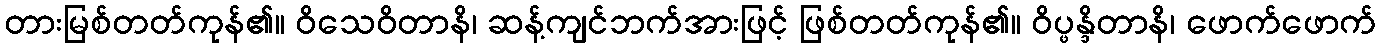
တားမြစ်တတ်ကုန်၏။ ဝိသေဝိတာနိ၊ ဆန့်ကျင်ဘက်အားဖြင့် ဖြစ်တတ်ကုန်၏။ ဝိပ္ဖန္ဒိတာနိ၊ ဖောက်ဖောက်